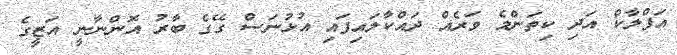
އަފްލާކް އަދި ކިތަންމެ ވަރެއް ދައްކާލައިފައި އުޅުނަސް ގޭގެ ބާރު އޮންނާނީ އަޒީގެ